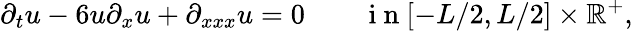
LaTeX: \partial_{t}u-6u\partial_{x}u+\partial_{xxx}u=0\qquad\mathrm{~i~n~}[-L/2,L/2]\times\mathbb{R}^{+},